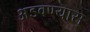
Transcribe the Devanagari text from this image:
अडवण्यास